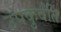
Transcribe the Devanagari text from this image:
उपकुर्वंति